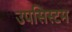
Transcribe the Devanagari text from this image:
उपसिस्टम